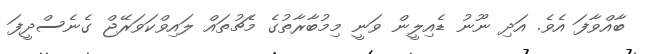
ބާއްވާފަ އެވެ. އަދި ނޫނު ޑެއިލީން ވަނީ މިމުބާރާތުގެ މެޗުތައް ލައިވްކަވަރޭޖް ގެނެސްދީފަ